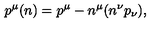
p ^ { \mu } ( n ) = p ^ { \mu } - n ^ { \mu } ( n ^ { \nu } p _ { \nu } ) ,